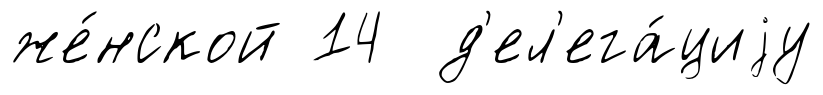
же́нской 14 д'ел'ега́циjу